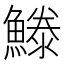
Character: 𩺭